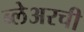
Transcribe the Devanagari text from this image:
ब्लेअरची